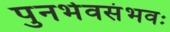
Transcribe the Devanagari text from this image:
पुनर्भवसंभवः